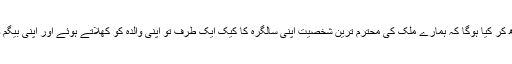
آج کوئی بات ڈھکی چھپی نہیں رہی اب اس سے بڑھ کر کیا ہوگا کہ ہمارے ملک کی محترم ترین شخصیت اپنی سالگرہ کا کیک ایک طرف تو اپنی والدہ کو کھلاتے ہوئے اور اپنی بیگم صاحبہ سے کھاتے ہوئے ساری دنیا کہ سامنے ہیں۔